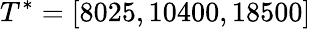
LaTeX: {T^{*}}=[8025,10400,18500]